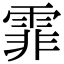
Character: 霏